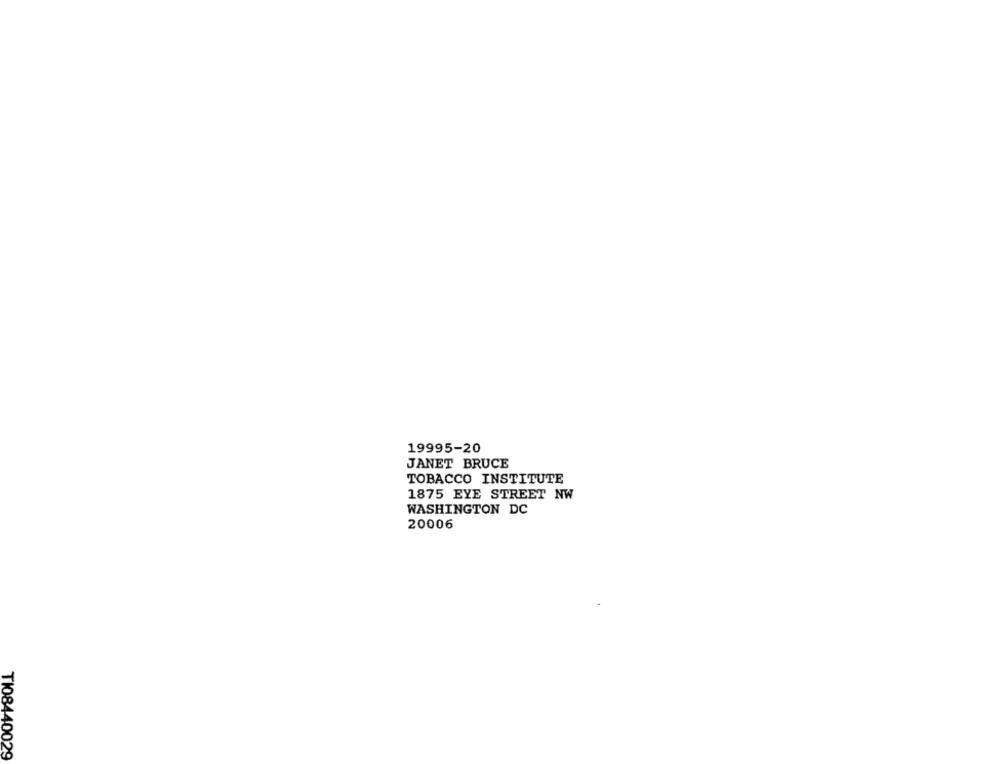
19995-20
JANET BRUCE
TOBACCO INSTITUTE
1875 EYE STREET NW
WASHINGTON DC
20006
TI08440029